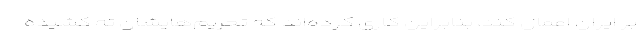
بر ایران اعمال کند، بنابراین کاری کرده‌اند که تحریم‌هایشان ته کشیده